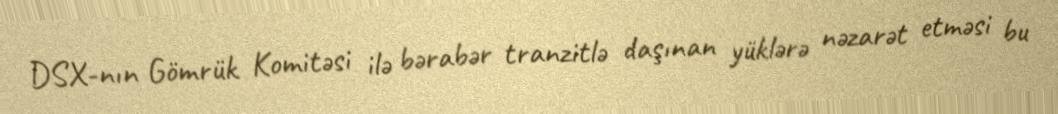
DSX-nın Gömrük Komitəsi ilə bərabər tranzitlə daşınan yüklərə nəzarət etməsi bu